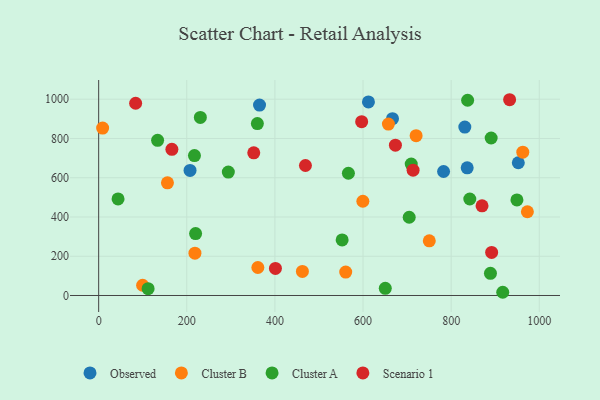
{"axis": {"x": "Engine Size", "y": "Sales"}, "legend": ["Cluster A", "Cluster B", "Observed", "Scenario 1"], "data": [{"x": "207.4", "y": 637.3, "type": "Observed"}, {"x": "365.1", "y": 970.0, "type": "Observed"}, {"x": "612.3", "y": 986.4, "type": "Observed"}, {"x": "952.4", "y": 676.3, "type": "Observed"}, {"x": "666.9", "y": 900.9, "type": "Observed"}, {"x": "836.4", "y": 650.6, "type": "Observed"}, {"x": "831.0", "y": 858.2, "type": "Observed"}, {"x": "782.8", "y": 631.7, "type": "Observed"}, {"x": "462.4", "y": 122.8, "type": "Cluster B"}, {"x": "657.6", "y": 873.2, "type": "Cluster B"}, {"x": "720.5", "y": 814.3, "type": "Cluster B"}, {"x": "750.4", "y": 278.5, "type": "Cluster B"}, {"x": "599.6", "y": 480.1, "type": "Cluster B"}, {"x": "962.6", "y": 730.3, "type": "Cluster B"}, {"x": "99.8", "y": 52.1, "type": "Cluster B"}, {"x": "361.3", "y": 142.5, "type": "Cluster B"}, {"x": "9.0", "y": 852.9, "type": "Cluster B"}, {"x": "560.7", "y": 119.5, "type": "Cluster B"}, {"x": "973.0", "y": 426.6, "type": "Cluster B"}, {"x": "218.5", "y": 215.8, "type": "Cluster B"}, {"x": "156.1", "y": 574.1, "type": "Cluster B"}, {"x": "842.3", "y": 491.7, "type": "Cluster A"}, {"x": "44.0", "y": 492.2, "type": "Cluster A"}, {"x": "360.2", "y": 875.7, "type": "Cluster A"}, {"x": "217.4", "y": 712.7, "type": "Cluster A"}, {"x": "220.0", "y": 315.5, "type": "Cluster A"}, {"x": "949.3", "y": 486.7, "type": "Cluster A"}, {"x": "890.8", "y": 802.3, "type": "Cluster A"}, {"x": "837.4", "y": 994.7, "type": "Cluster A"}, {"x": "133.8", "y": 790.5, "type": "Cluster A"}, {"x": "704.8", "y": 398.7, "type": "Cluster A"}, {"x": "552.6", "y": 283.3, "type": "Cluster A"}, {"x": "917.1", "y": 16.4, "type": "Cluster A"}, {"x": "112.2", "y": 34.6, "type": "Cluster A"}, {"x": "566.8", "y": 622.9, "type": "Cluster A"}, {"x": "709.4", "y": 669.5, "type": "Cluster A"}, {"x": "889.2", "y": 112.9, "type": "Cluster A"}, {"x": "230.8", "y": 907.1, "type": "Cluster A"}, {"x": "294.3", "y": 629.0, "type": "Cluster A"}, {"x": "650.5", "y": 36.5, "type": "Cluster A"}, {"x": "870.1", "y": 456.7, "type": "Scenario 1"}, {"x": "673.5", "y": 765.6, "type": "Scenario 1"}, {"x": "932.7", "y": 997.4, "type": "Scenario 1"}, {"x": "891.9", "y": 219.4, "type": "Scenario 1"}, {"x": "401.2", "y": 137.9, "type": "Scenario 1"}, {"x": "83.9", "y": 979.4, "type": "Scenario 1"}, {"x": "596.9", "y": 885.4, "type": "Scenario 1"}, {"x": "352.0", "y": 726.7, "type": "Scenario 1"}, {"x": "469.3", "y": 662.3, "type": "Scenario 1"}, {"x": "166.2", "y": 744.6, "type": "Scenario 1"}, {"x": "713.6", "y": 638.3, "type": "Scenario 1"}]}